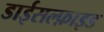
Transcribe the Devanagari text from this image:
डाईसल्फ़ाइड